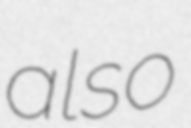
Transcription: also